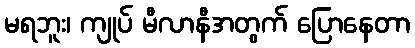
မရဘူး၊ ကျုပ် မီလာနီအတွက် ပြောနေတာ